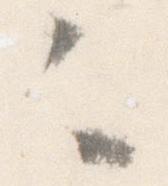
々